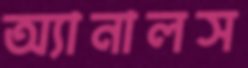
অ্যানালস